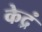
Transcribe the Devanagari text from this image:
केद्रं